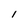
Character: 1